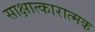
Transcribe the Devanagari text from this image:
साक्षात्कारात्मक